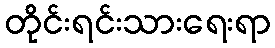
တိုင်းရင်းသားရေးရာ